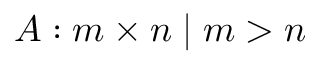
A : m \times n \mid m > n